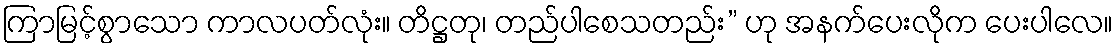
ကြာမြင့်စွာသော ကာလပတ်လုံး။ တိဋ္ဌတု၊ တည်ပါစေသတည်း” ဟု အနက်ပေးလိုက ပေးပါလေ။